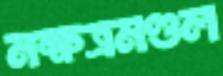
নক্ষত্রমণ্ডল